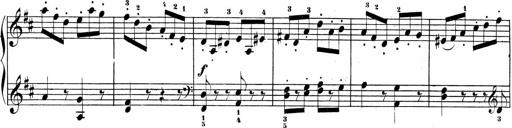
Title: Sonatinen Op.47, 98 und 136, nebst 6 Liedersonatinen
Composer: Carl Reinecke